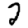
Digit: 2